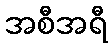
အစီအရီ